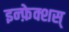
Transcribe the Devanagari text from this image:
इन्फ़ेक्शस्